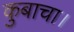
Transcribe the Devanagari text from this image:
कुबाचा।